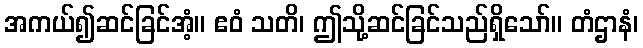
အကယ်၍ဆင်ခြင်အံ့။ ဧဝံ သတိ၊ ဤသို့ဆင်ခြင်သည်ရှိသော်။ တံဌာနံ၊